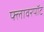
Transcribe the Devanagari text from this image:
फ्लावरपॉट